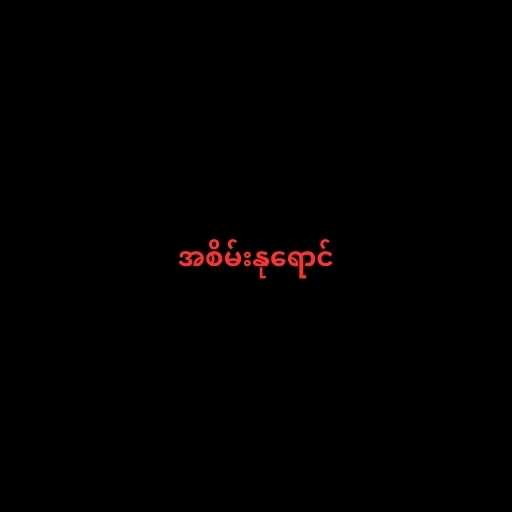
အစိမ်းနုရောင်